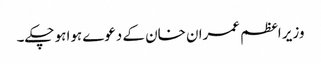
وزیر اعظم عمران خان کے دعوے ہوا ہو چکے۔